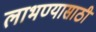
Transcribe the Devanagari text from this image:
लाभण्यासाठी